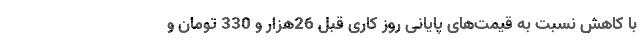
با کاهش نسبت به قیمت‌های پایانی روز کاری قبل 26هزار و 330 تومان و